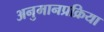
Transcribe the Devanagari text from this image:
अनुमानप्रक्रिया